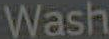
Wash